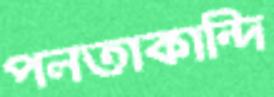
পলতাকান্দি